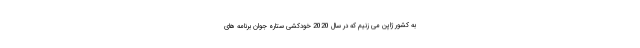
به کشور ژاپن می زنیم که در سال 2020 خودکشی ستاره جوان برنامه های